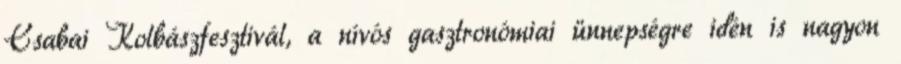
Csabai Kolbászfesztivál, a nívós gasztronómiai ünnepségre idén is nagyon